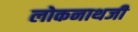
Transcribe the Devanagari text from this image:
लोकनाथजी